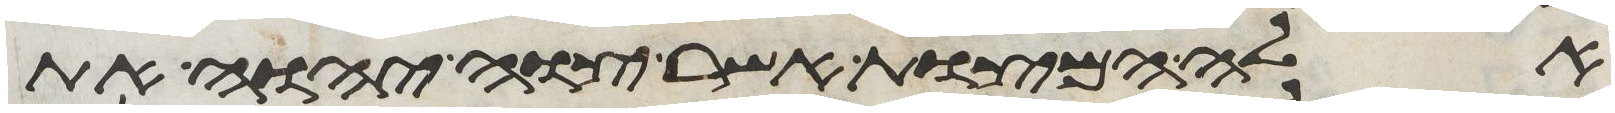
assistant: אלה המצות אשר צוה יהוה את